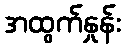
အထွက်နှုန်း